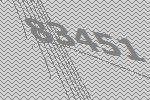
83451